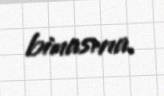
binasına.